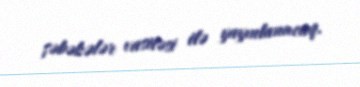
şəbəkələr vasitəsi ilə yayınlanacaq.